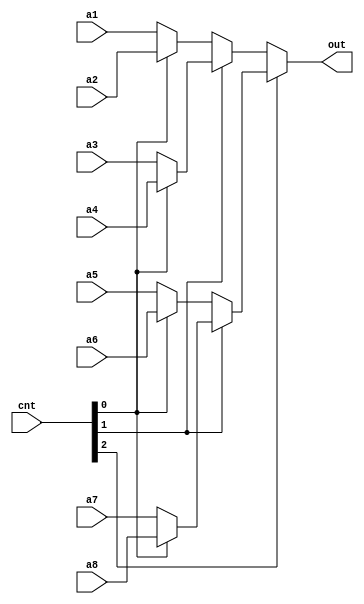
module Mux8(a1, a2, a3, a4, a5, a6, a7, a8, cnt, out);
    input [31:0] a1, a2, a3, a4, a5, a6, a7, a8;
    input [2:0] cnt;
    output [31:0] out;
    assign out = cnt[2] ? cnt [1] ? (cnt [0] ? a8 : a7) : (cnt[0] ? a6 : a5) : cnt [1] ? (cnt [0] ? a4 : a3) : (cnt[0] ? a2 : a1);
endmodule